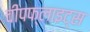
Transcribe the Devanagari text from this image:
चीपफ्लाइट्स